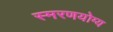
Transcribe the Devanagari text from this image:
स्मरणयोग्य